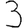
Digit: 3